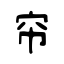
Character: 帘